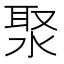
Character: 𣷗